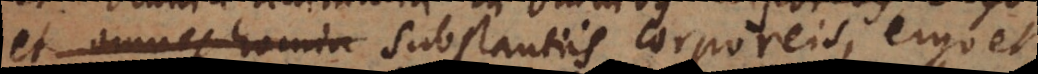
et omnes homin substantiis corporeis, ergo et